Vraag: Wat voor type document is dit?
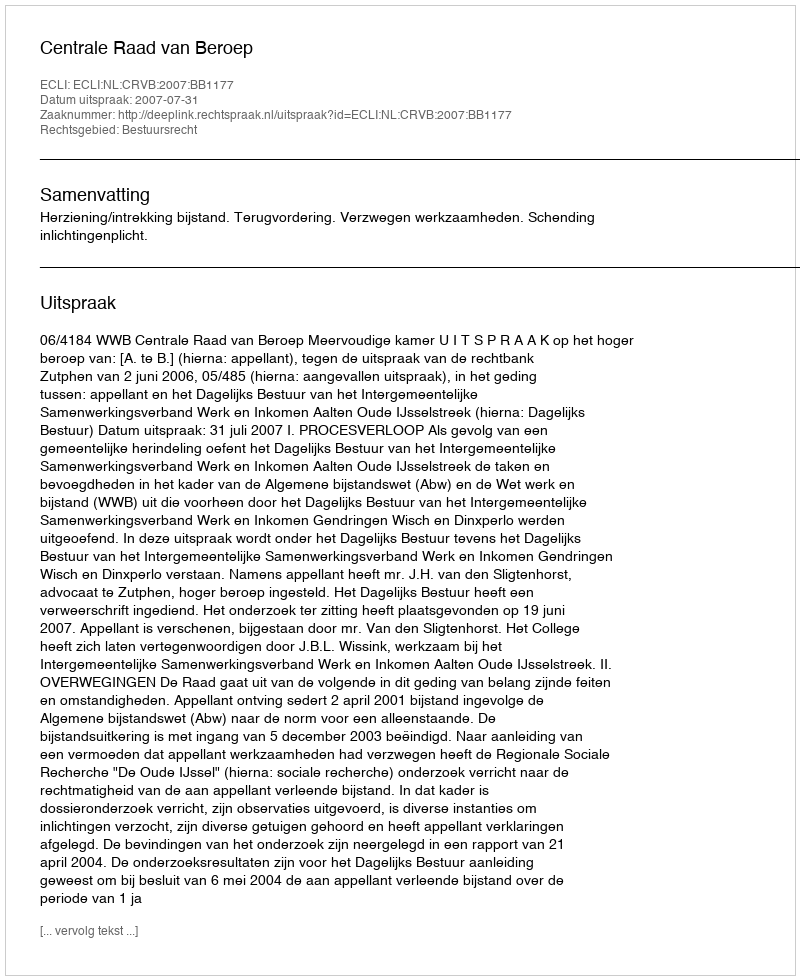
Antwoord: Uitspraak